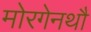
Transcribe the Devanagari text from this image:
मोरगेनथौ